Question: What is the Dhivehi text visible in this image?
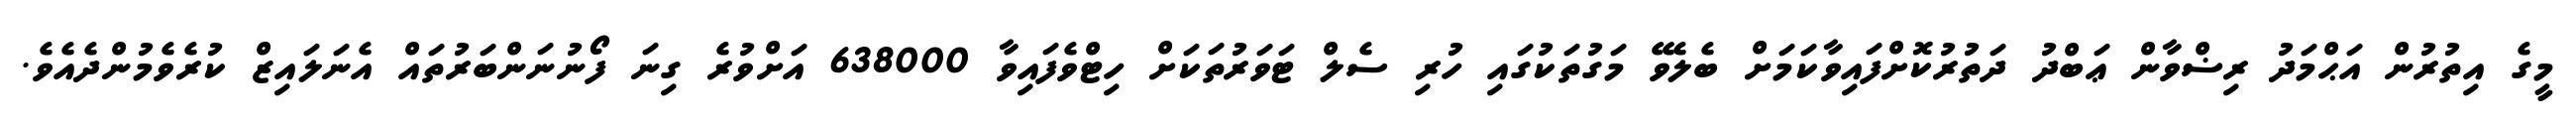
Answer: މީގެ އިތުރުން އަޙްމަދު ރިޟްވާން ޢަބްދު ދަތުރުކޮށްފައިވާކަމަށް ބެލެވޭ މަގުތަކުގައި ހުރި ސެލް ޓަވަރުތަކަށް ހިޓްވެފައިވާ 638000 އަށްވުރެ ގިނަ ފޯނުނަންބަރުތައް އެނަލައިޒް ކުރެވެމުންދެއެވެ.